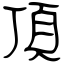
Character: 頂